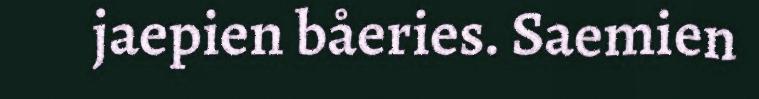
jaepien båeries. Saemien